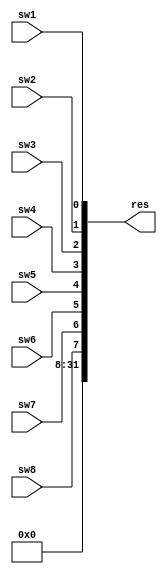
module in_port(sw1, sw2, sw3, sw4,sw5, sw6, sw7, sw8, res);
	input sw1, sw2, sw3, sw4, sw5, sw6, sw7, sw8;
	output [31: 0] res;
	assign res = {24'b0, sw8, sw7, sw6, sw5, sw4, sw3, sw2, sw1};
endmodule